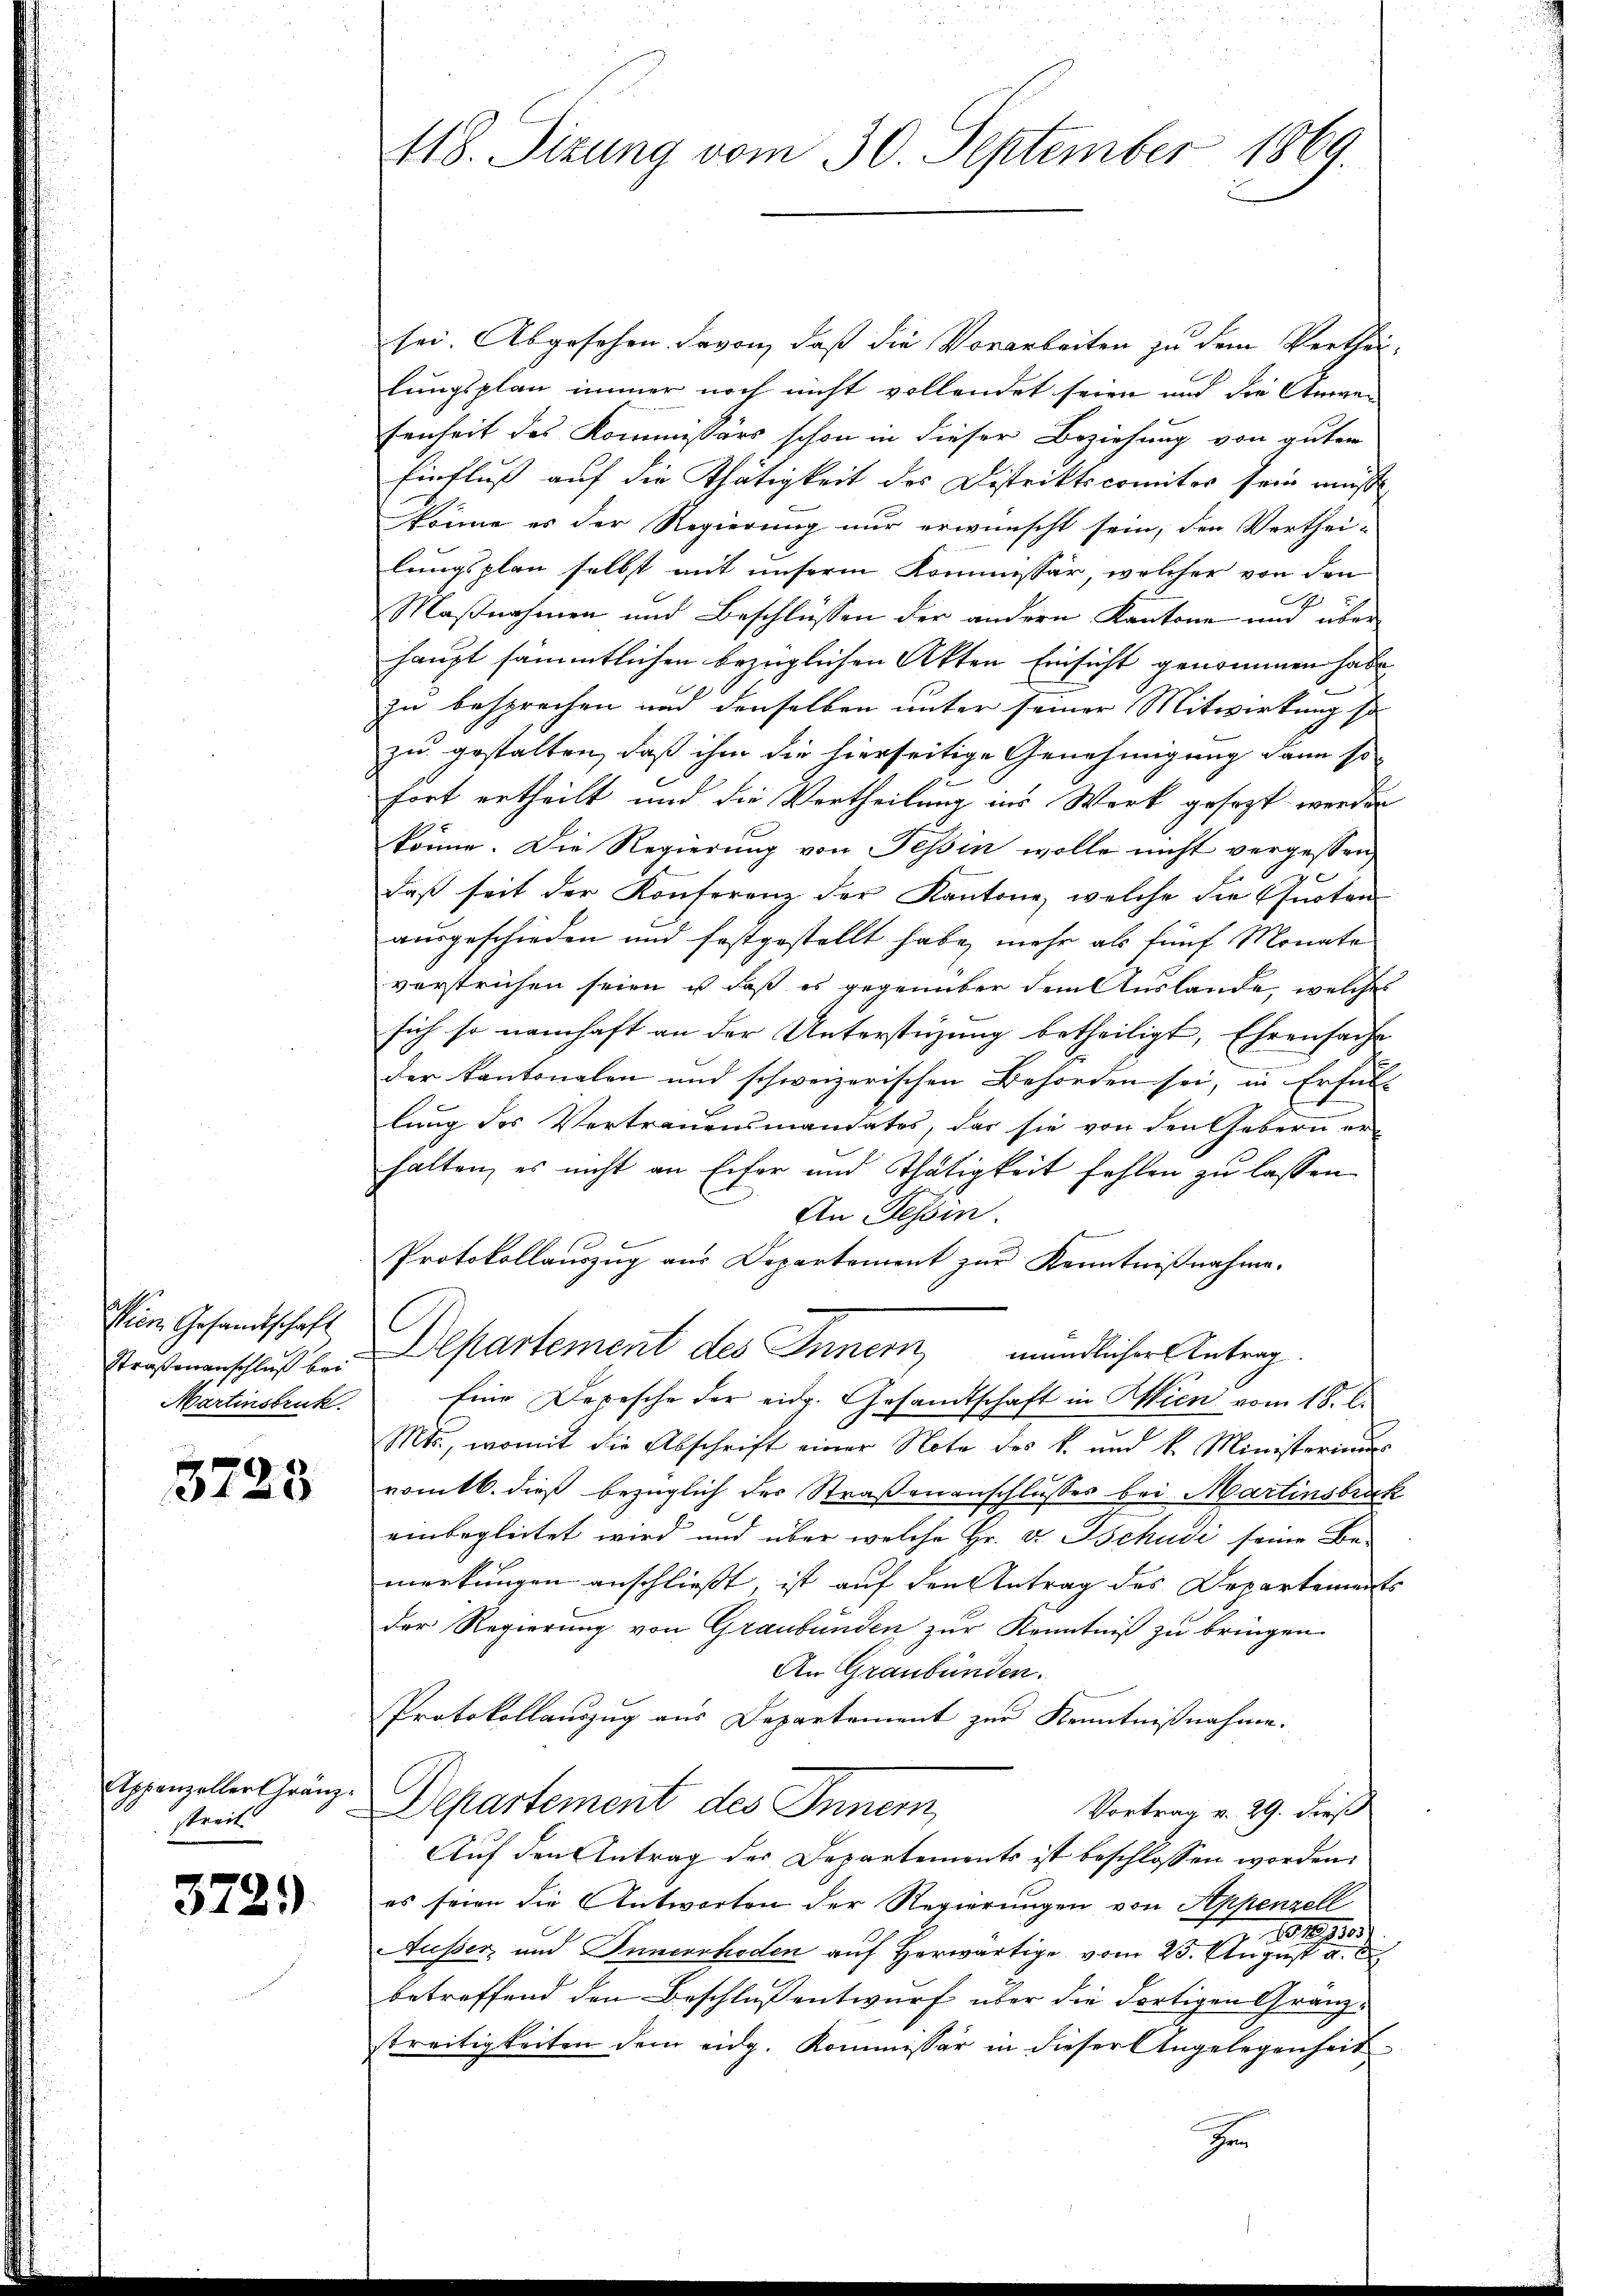
Wien Gesandtschaft
Straßenanschluß bei
Martinsbruck.

3723

Appenzeller Gränzstreit

372.)

118. Sizung vom 30. September 1869.

sei. Abgesehen davon, daß die Vorarbeiten zu dem Vertheilungsplan immer noch nicht vollendet seien und die Anwen
senheit des Kommissors schon in dieser Beziehung von guter
Einfluß auf die Thätigkeit des Distriktscomiter sein musst
könne es der Regierung nur erwünscht sein, den Verthei-
lungsplan selbst mit unserm Kommissär welcher von den
Maßnahmen und Beschlüssen der andern Kantone und über
haupt sämmtlichen bezüglichen Akten Einsicht genommen habe,
zu besprochen und denselben unter seiner Mitwirkung so
zu gestalten, daß ihm die hierseitige Genehmigung dann so
fort ertheilt und die Vortheilung ins Werk gesezt werden
könne. Die Regierung von Tessin wolle nicht vergessen,
daß seit der Konferenz der Kantone, welche die Quoten
ausgeschieden und festgestellt habe, mehr als fünf Monate
verstrichen seien, u daß es gegenüber dem Auslande, welches
sich so namhaft an der Unterstüzung betheiligt, Ehrenfache
der kantonalen und schweizerischen Behörden sei, in Erfüllt
lung des Vertrauensmandates, das sie von den Gebern erhalten, es nicht an Eifer und Thätigkeit fehlen zu lassen
An Tessin
Protokollauszug aus Departement zur Kenntnißnahme.
Departement des Innern, mündlicher Antrag
Eine Depesche der eidg. Gesandtschaft in Wien vom 18. l.
Mts., womit die Abschrift einer Note des k. und k. Ministeriums
romtb. dieß bezüglich der Straßenanschlusses bei Martinsbruck
einbegleitet wird und über welche Hr. v. Tschudi seine Be-
merkungen anschließt, ist auf den Antrag des Departements
der Regierung von Graubünden zur Kenntniß zu bringen.
An Graubünden.
Protokollauszug aus Departement zur Kenntnißnahme.
Departement des Inner,
Vortrag v. 29. dieß
Auf den Antrag der Departements ist beschlossen worden.
es seien die Antworten der Regierungen von Appenzell
No. 1890.
Ausser, und Innerrhoden auf Herwärtige vom 25. August a. E
betreffend den Beschluß entwurf über die dortigen Granzstreitigkeiten dem eidg. Kommissär in dieser Angelegenheit
e